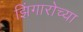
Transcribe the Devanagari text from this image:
झिंगारोच्या